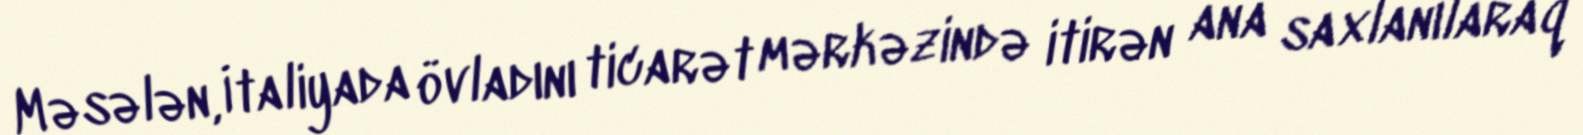
Məsələn, İtaliyada övladını ticarət mərkəzində itirən ana saxlanılaraq